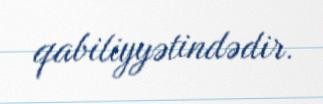
qabiliyyətindədir.